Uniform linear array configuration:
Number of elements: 64
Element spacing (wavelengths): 1
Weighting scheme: cosine
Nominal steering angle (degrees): -60
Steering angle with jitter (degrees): -61.703
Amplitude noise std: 0.05
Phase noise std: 0.05

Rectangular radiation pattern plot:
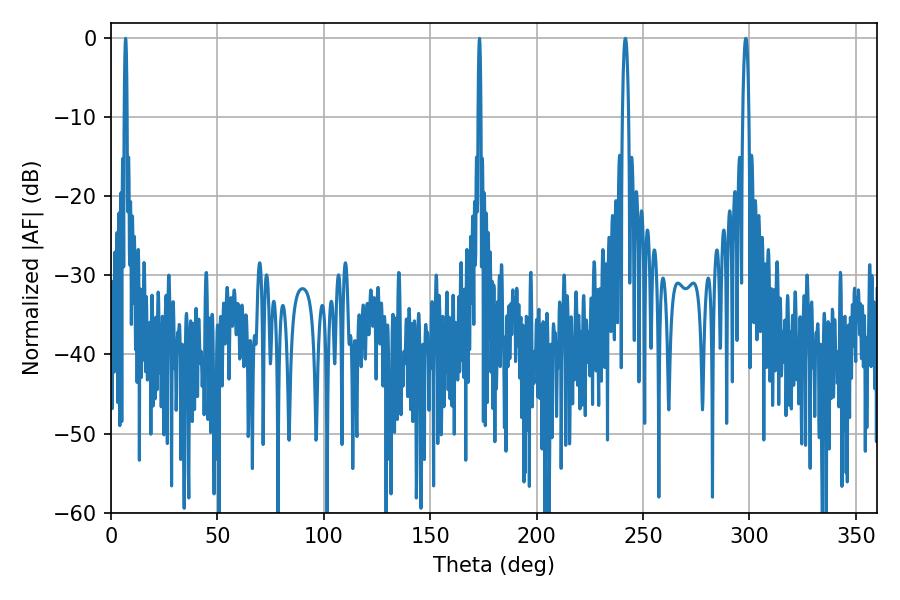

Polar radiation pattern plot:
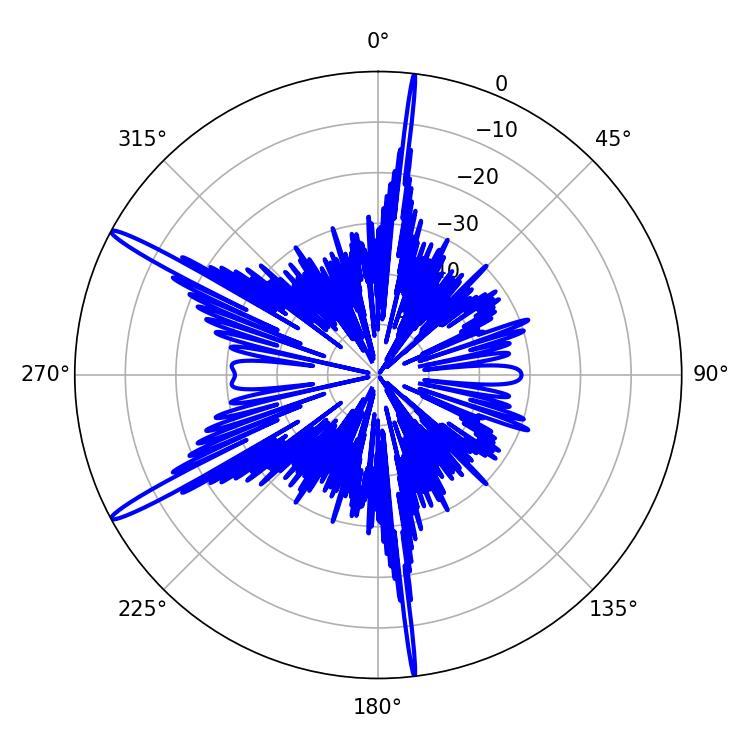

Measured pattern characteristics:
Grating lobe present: TRUE
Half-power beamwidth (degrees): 1.62
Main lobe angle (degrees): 298.26